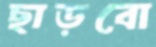
ছাড়বো